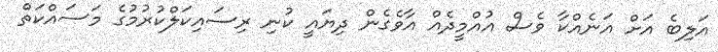
އަލިބެ އަށް އަނެއްކާ ވެސް އުއްމީދެއް އާވެގެން ދިޔައީ ކުނި ރިސައިކަލްކުރުމުގެ މަސައްކަތް